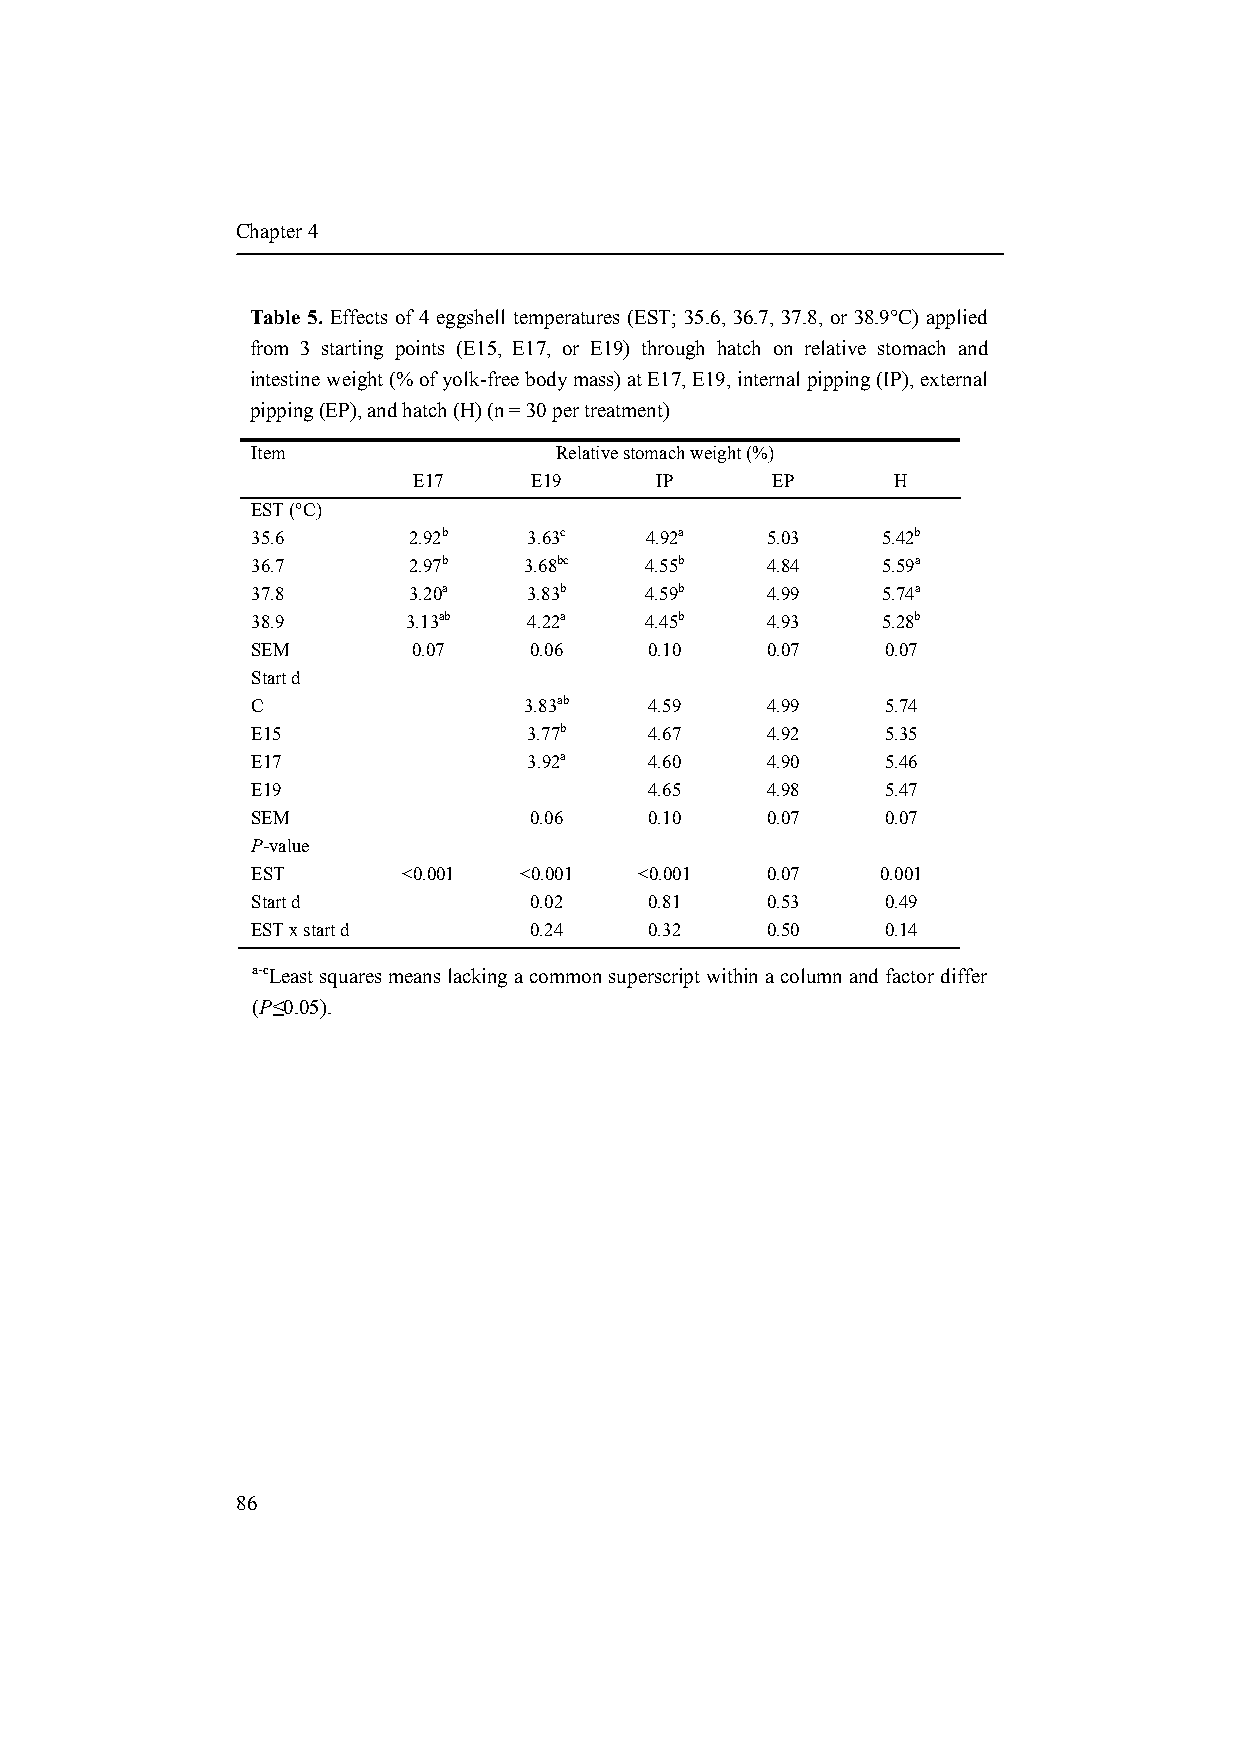
Chapter 4
 Table 5. Effects of 4 eggshell temperatures (EST; 35.6, 36.7, 37.8, or 38.9°C) applied
 from 3 starting points (E15, E17, or E19) through hatch on relative stomach and
 intestine weight (% of yolk-free body mass) at E17, E19, internal pipping (IP), external
 pipping (EP), and hatch (H) (n = 30 per treatment)
 Item                Relative stomach weight (%)
 E17     E19     IP      EP      H
 EST (°C)
 35.6      2.92b   3.63c   4.92a   5.03   5.42b
 36.7      2.97b   3.68bc  4.55b   4.84   5.59a
 37.8      3.20a   3.83b   4.59b   4.99   5.74a
 38.9      3.13ab  4.22a   4.45b   4.93   5.28b
 SEM       0.07    0.06    0.10    0.07    0.07
 Start d
 C                 3.83ab  4.59    4.99    5.74
 E15               3.77b   4.67    4.92    5.35
 E17               3.92a   4.60    4.90    5.46
 E19                       4.65    4.98    5.47
 SEM               0.06    0.10    0.07    0.07
 P-value
 EST       <0.001 <0.001  <0.001   0.07   0.001
 Start d           0.02    0.81    0.53    0.49
 EST x start d     0.24    0.32    0.50    0.14
 a-cLeast squares means lacking a common superscript within a column and factor differ
 (P≤0.05).
 86